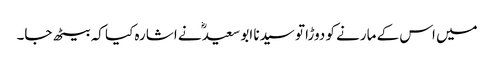
میں اس کے مارنے کو دوڑا تو سیدنا ابو سعیدؓ نے اشارہ کیا کہ بیٹھ جا۔